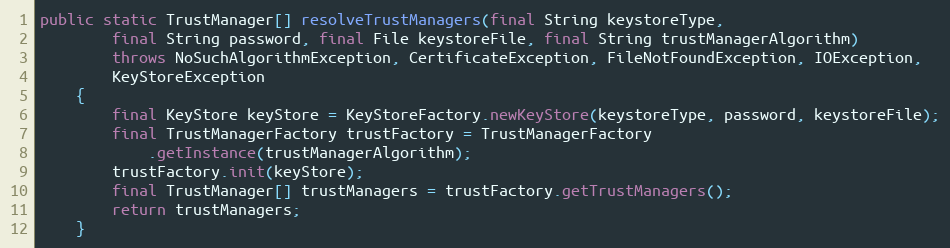
Language: Java
public static TrustManager[] resolveTrustManagers(final String keystoreType,
		final String password, final File keystoreFile, final String trustManagerAlgorithm)
		throws NoSuchAlgorithmException, CertificateException, FileNotFoundException, IOException,
		KeyStoreException
	{
		final KeyStore keyStore = KeyStoreFactory.newKeyStore(keystoreType, password, keystoreFile);
		final TrustManagerFactory trustFactory = TrustManagerFactory
			.getInstance(trustManagerAlgorithm);
		trustFactory.init(keyStore);
		final TrustManager[] trustManagers = trustFactory.getTrustManagers();
		return trustManagers;
	}